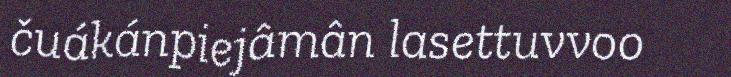
čuákánpiejâmân lasettuvvoo